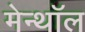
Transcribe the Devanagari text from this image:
मेन्थॉल